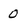
Character: 0